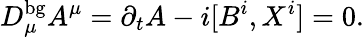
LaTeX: D_{\mu}^{\mathrm{bg}}A^{\mu}=\partial_{t}A-i[B^{i},X^{i}]=0.